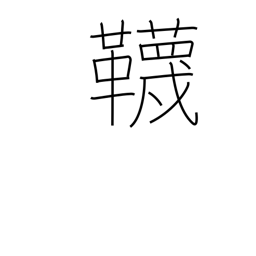
Meaning: stockings